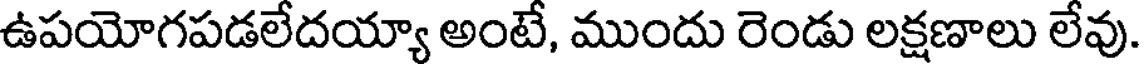
ఉపయోగపడలేదయ్యా అంటే, ముందు రెండు లక్షణాలు లేవు.